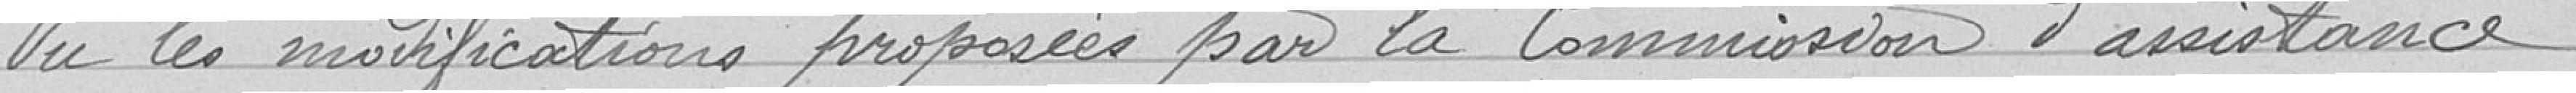
Vu les modifications proposées par la Commission d'assistance